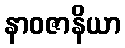
နာဝဇာနိယာ